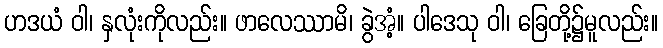
ဟဒယံ ဝါ၊ နှလုံးကိုလည်း။ ဖာလေဿာမိ၊ ခွဲအံ့။ ပါဒေသု ဝါ၊ ခြေတို့၌မူလည်း။